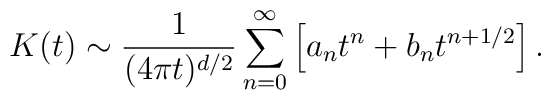
K(t) \sim {1 \over (4\pi t)^{d/2}}\sum_{n=0}^\infty \left[a_{n} t^{n}+b_{n} t^{n+1/2}\right].